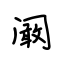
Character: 阚